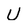
Character: U